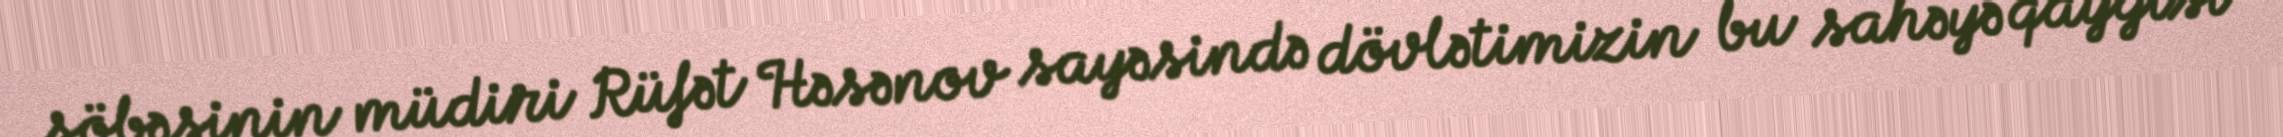
şöbəsinin müdiri Rüfət Həsənov sayəsində dövlətimizin bu sahəyə qayğısı